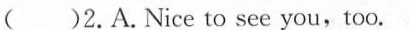
( )2.A.Nice to see you,too.